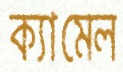
ক্যামেল